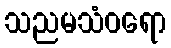
သညမသံဝရော